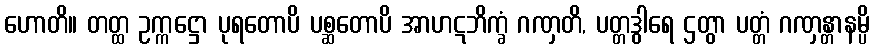
ဟောတိ။ တတ္ထ ဥက္ကဋ္ဌော ပုရတောပိ ပစ္ဆတောပိ အာဟဋဘိက္ခံ ဂဏှတိ, ပတ္တဒွါရေ ဌတွာ ပတ္တံ ဂဏှန္တာနမ္ပိ